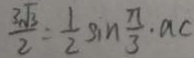
\frac { 3 \sqrt { 3 } } { 2 } = \frac { 1 } { 2 } \sin \frac { \pi } { 3 } \cdot a c